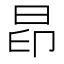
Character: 𰖄